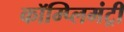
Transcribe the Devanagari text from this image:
कॉम्प्लिमंट्री